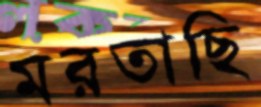
মরতাছি